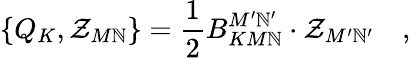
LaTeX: \left\{ Q_{K},\mathcal{Z}_{M\mathbb{N}}\right\} =\frac{1}{2}B_{KM\mathbb{N}}^{M^{\prime}\mathbb{N}^{\prime}}\cdot\mathcal{Z}_{M^{\prime}\mathbb{N}^{\prime}}\quad,